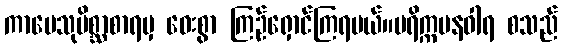
ကာမေသုမိစ္ဆာစာရမှ ဝေးစွာ ကြဉ်ရှောင်ကြရမယ်။ပရိက္ကမနဝါရ စသည်